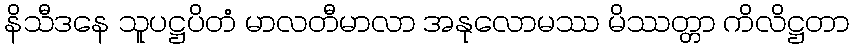
နိသီဒနေ သူပဋ္ဌပိတံ မာလတီမာလာ အနုလောမဿ မိဿတ္တာ ကိလိဋ္ဌတာ